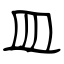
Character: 皿